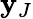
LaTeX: \mathbf{y}_{J}